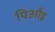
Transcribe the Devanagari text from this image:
पिऔइ